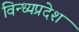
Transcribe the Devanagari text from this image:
विन्ध्यप्रदेश